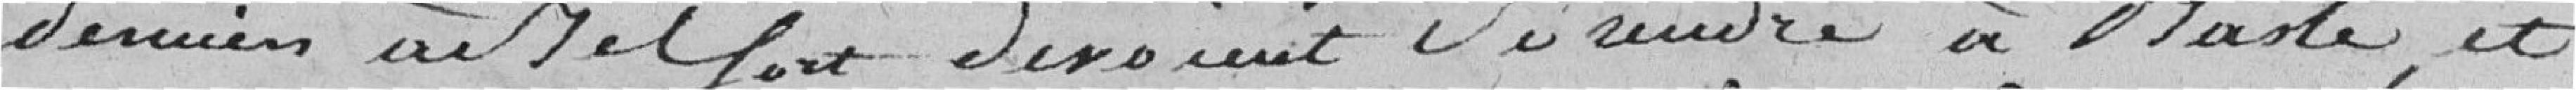
derniers à Belfort devaient se rendre à Bâle, et